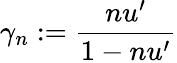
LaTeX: \gamma_{n}:=\frac{nu^{\prime}}{1-nu^{\prime}}